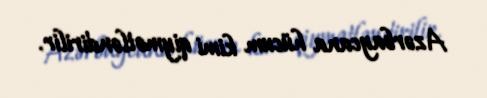
Azərbaycana hücum kimi qiymətləndirilir.